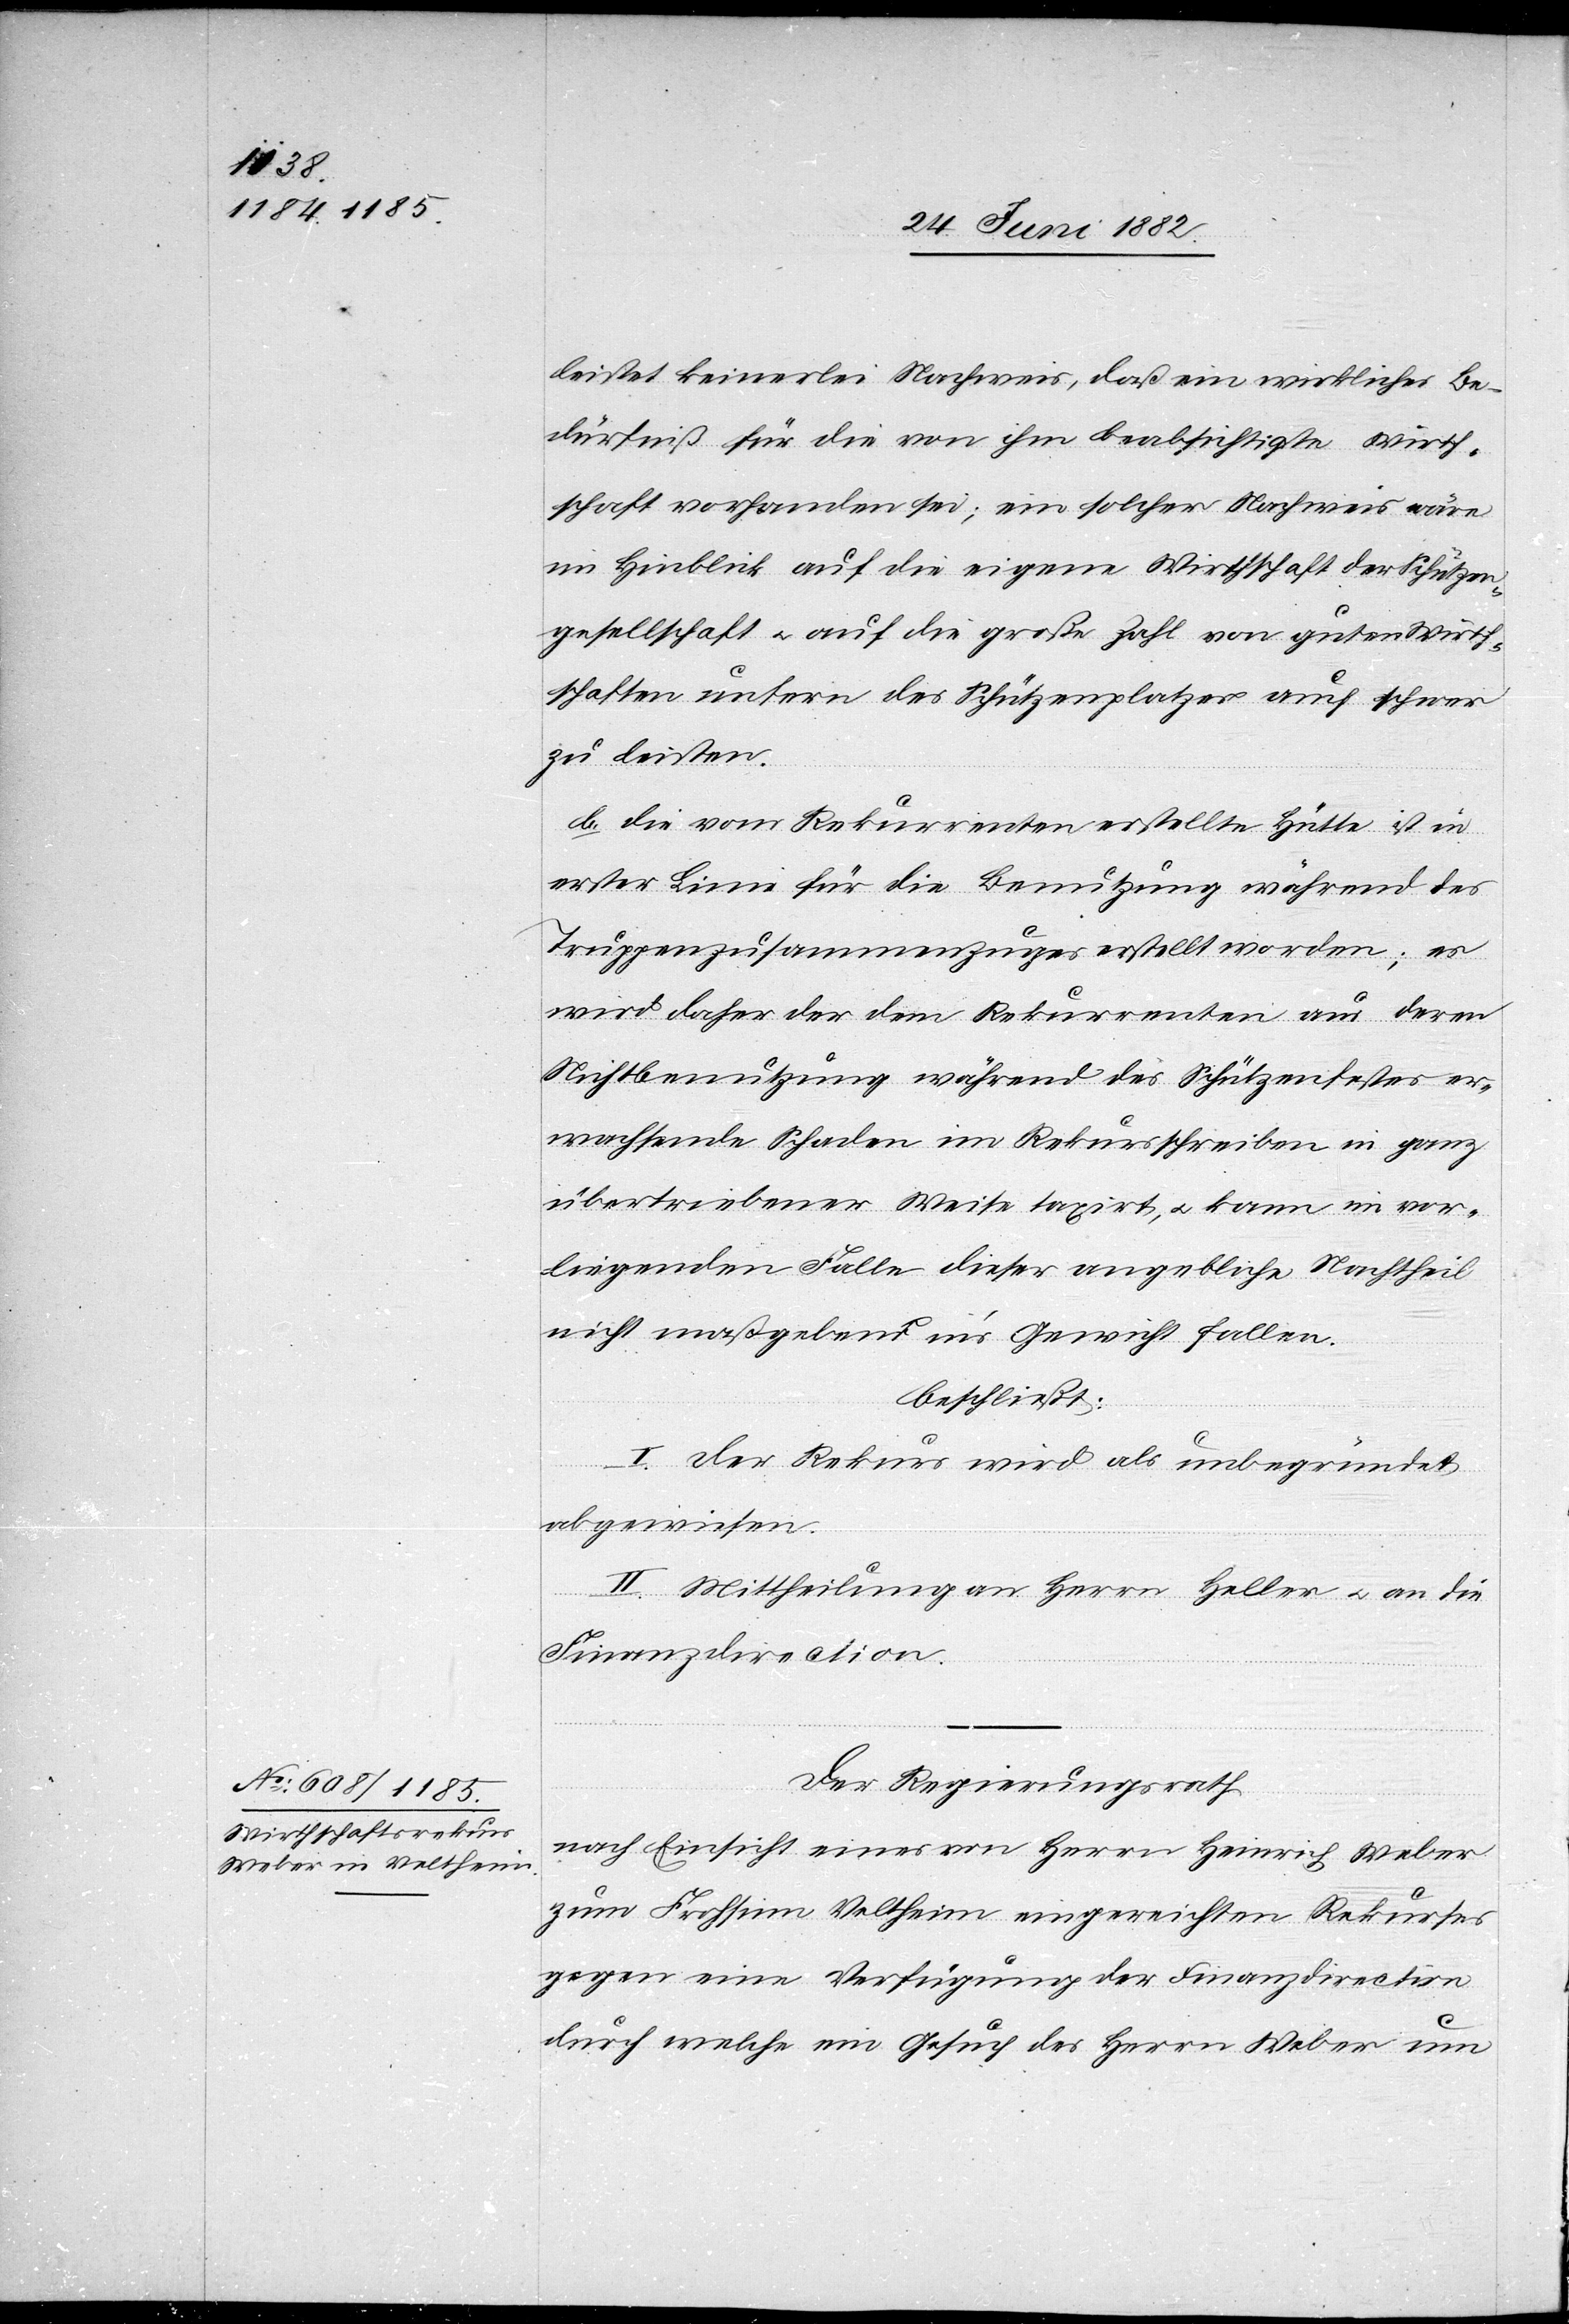
leistet keinerlei Nachweis, daß ein wirkliches Be¬
dürfniß für die von ihm beabsichtigte Wirth¬
schaft vorhanden sei; ein solcher Nachweis wäre
im Hinblick auf die eigene Wirthschaft der Schützen¬
gesellschaft u. auf die große Zahl von guten Wirth¬
schaften unfern des Schützenplatzes auch schwer
zu leisten.
b. Die vom Rekurrenten erstellte Hütte ist in
erster Linie für die Benutzung während des
Truppenzusammenzuges erstellt worden; es
wird daher der dem Rekurrenten aus deren
Nichtbenutzung während des Schützenfestes er¬
wachsende Schaden im Rekursschreiben in ganz
übertriebener Weise taxirt, u. kann im vor¬
liegenden Falle dieser angebliche Nachtheil
nicht maßgebend in’s Gewicht fallen.
beschließt:
I. Der Rekurs wird als unbegründet
abgewiesen.
II. Mittheilung an Herrn Heller u. an die
Finanzdirection.
Der Regierungsrath,
nach Einsicht eines von Herrn Heinrich Weber
zum Frohsinn [-] Veltheim eingereichten Rekurses
gegen eine Verfügung der Finanzdirection
durch welche ein Gesuch des Herrn Weber um